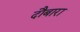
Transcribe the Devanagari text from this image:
दौबारा